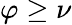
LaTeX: \varphi\geq\nu